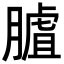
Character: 𦟰